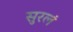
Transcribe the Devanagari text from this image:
सुरलं